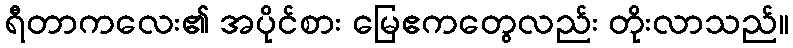
ရီတာကလေး၏ အပိုင်စား မြေဧကတွေလည်း တိုးလာသည်။